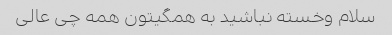
سلام وخسته نباشید به همگیتون همه چی عالی